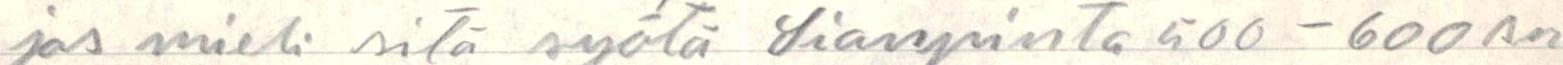
jos mieli sitä syötä Sianpinta 500-600 sn